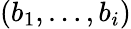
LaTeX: (b_{1},\dots,b_{i})